Lunatic asylums Madras 1892-1911 - 1892-1911
Year: 1892
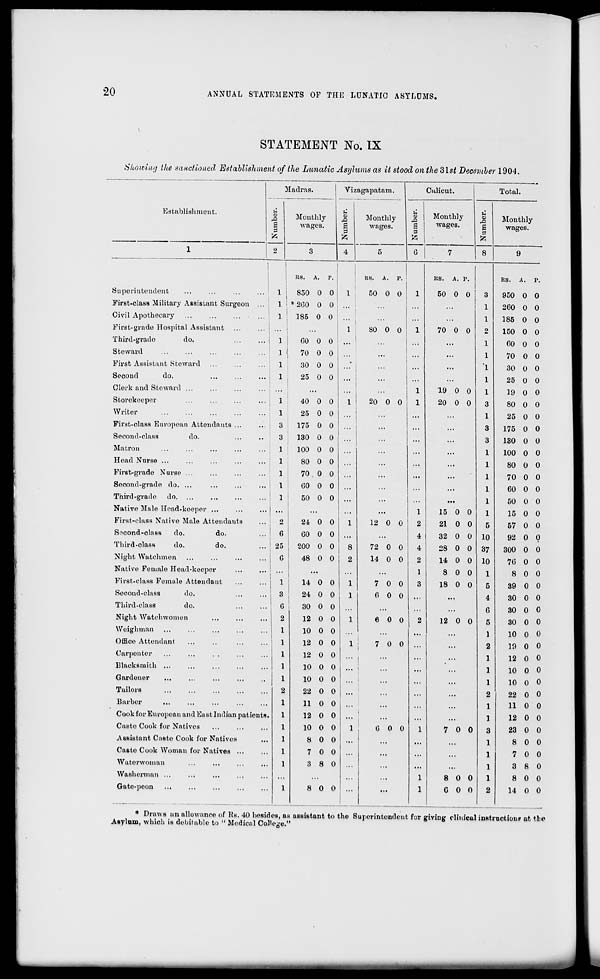
20
ANNUAL STATEMENTS OF THE LUNATIC ASYLUMS.
STATEMENT No. IX
Showing the sanctioned Establishment of the Lunatic Asylums as it stood on the 3lst December 1904.
Madras.
Vizagapatam.
Calicut.
Total.
Establishment.
'3
S
Monthly
wages.
0
,2
|
sl
4
Monthly
wages.
S
to
Monthly
wages.
u
£
S
pi
Monthly
wages.
1
2
3
5
G
7
8
9
1
KS.
A.
r.
US. A. P.
KS.
A. P.
RS. A.
P.
Superintendent
1
850 0 0
1
50 0 0
1
50 0 0 j 3
950 0 0
First-class Military Assistant Surgeon ...
1 ] • 200 0 0
1
...
1
260 0 0
Civil Apothecary ...
...
...
,..
1
185 0 0
...
1
185 0 0
First-grade Hospital Assistant
...
1
80 0 0
1
70 0 0
0
150 0 0
Third-grailo
do.
1
GO 0 0 ; ... 1
...
...
...
1
60 0 0
Steward
1
70 0 0
1
...
...
1
70 0 0
First Assistant Steward
1
30 0 0
1
...
...
1
30 0 0
Second
do.
1
25 0 0 ...
...
...
1
25 0 0
Clerk and Steward ...
...
...
...
1
19 0 0
1
19 0 0
Storekeeper
...
... j 1
40 0 0
1
20 0 0
1
20 0 0
3
80 0 0
Writer
! 1
25 0 0 ...
...
...
1
25 0 0
First-class European Attendants ...
3
175 0 0 ..,
...
...
3
175 0 0
Second-class
do.
...
..
3
130 0 0 ...
...
...
3
130 0 0
Matron
M 100 0 0
...
...
...
1
100 0 0
Head Nurse ...
1
80 0 0 ...
...
...
...
1
80 0 0
First-grade Nurse ...
1
70 0 0
...
...
...
1
70 0 0
Second-grade do. ...
i
GO 0 0 ...
...
1
60 0 0
Third-grade do. ...
1
50 0 0 ...
...
•i.
1
50 0 0
Native Male Head-keeper ...
"
...
...
...
1
15 0 0
1
15 0 0
First-class Native Male Attendants
2
24 0 0
1
12 0 0
2
21 0 0
5
57 0 0
S?cond-class
do.
do.
6
GO 0 0 ■ !■
4
32 0 0 10
92 0 0
Third-class
do.
do.
25
200 0 0
8
72 0 0
4
28 0 0 37
300 0 0
Night Watchmen
G
48 0 0
2
14 0 0
2
14 0 0 10
70 0 0
Native Female Head-keeper
...
...
...
...
1
8 0 0
1
8 0 0
First-class Female Attendant
1
14 0 0
1
7 0 0
3
18 0 0
5
39 0 0
Second-class
do.
3
24 0 0 i 1
GOO
...
4
30 0 0
Third-class
do.
G
30 0 0 ...
...
...
G
30 0 0
Night Watchwomen
2
12 0 0
1
6 0 0
2
12 0 0
5
30 0 0
Weighman
1
10 0 0
...
1
10 0 0
Office Attendant
1
12 0 0
1 ;
7 0 0
2
19 0 0
Carpenter
1
12 0 0 ... .
...
...
12 0 0
Blacksmith
1
10 0 0
...
10 0 0
Gardener
1
10 0 0 ... •
.. •
10 0 0
Tailors
2
22 0 0 ...
22 0 0
Barbel-
1
11 0 0 I "'
...
...
11 0 0
Cook for European and East Indian patients
1
12 0 0 ...
...
12 0 0
Caste Cook for Natives
1
10 0 0
1 '
0 0 0
1
7 0 0
23 0 0
Assistant Caste Cook for Natives
1
8 0 0 ...
...
8 0 0
Ca6te Cook Woman for Natives ...
1
7 0 0 ...
...
7 0 0
Waterwoman
1
8 8 0
...
...
3 8 0
Washerman ...
.. ■
...
...
1
8 0 0
8 0 0
Gato-poon
1
8 0 0
'"
...
1
GOO
2
14 0 0
* Draws an allowance of Hs. 40 besides, as assistant to the Superintendent for giving clinical instruction? at the
Asylum, whicli is debit able to " Medical College."